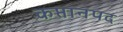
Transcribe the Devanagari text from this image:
कप्तानपद